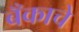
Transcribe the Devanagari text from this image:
बँकाचे